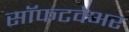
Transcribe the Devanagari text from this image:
सॉफटवेअर